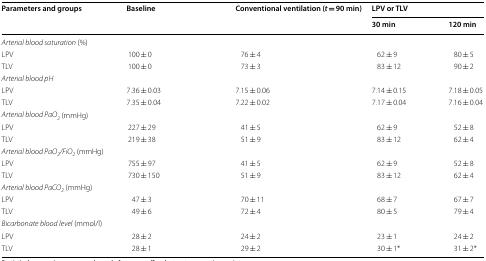
| <ROWSPAN=2> Parameters and groups | <ROWSPAN=2> Baseline | <ROWSPAN=2> Conventional ventilation (t = 90 min) | <COLSPAN=2> LPV or TLV |
 | 30 min | 120 min |
 | --- | --- | --- | --- | --- |
 | <COLSPAN=5> Arterial blood saturation (%) |
 | LPV | 100 ± 0 | 76 ± 4 | 62 ± 9 | 80 ± 5 |
 | TLV | 100 ± 0 | 73 ± 3 | 83 ± 12 | 90 ± 2 |
 | <COLSPAN=5> Arterial blood pH |
 | LPV | 7.36 ± 0.03 | 7.15 ± 0.06 | 7.14 ± 0.15 | 7.18 ± 0.05 |
 | TLV | 7.35 ± 0.04 | 7.22 ± 0.02 | 7.17 ± 0.04 | 7.16 ± 0.04 |
 | <COLSPAN=5> Arterial blood PaO2 (mmHg) |
 | LPV | 227 ± 29 | 41 ± 5 | 62 ± 9 | 52 ± 8 |
 | TLV | 219 ± 38 | 51 ± 9 | 83 ± 12 | 62 ± 4 |
 | <COLSPAN=5> Arterial blood PaO2/FiO2 (mmHg) |
 | LPV | 755 ± 97 | 41 ± 5 | 62 ± 9 | 52 ± 8 |
 | TLV | 730 ± 150 | 51 ± 9 | 83 ± 12 | 62 ± 4 |
 | <COLSPAN=5> Arterial blood PaCO2 (mmHg) |
 | LPV | 47 ± 3 | 70 ± 11 | 68 ± 7 | 67 ± 7 |
 | TLV | 49 ± 6 | 72 ± 4 | 80 ± 5 | 79 ± 4 |
 | <COLSPAN=5> Bicarbonate blood level (mmol/l) |
 | LPV | 28 ± 2 | 24 ± 2 | 23 ± 1 | 24 ± 2 |
 | TLV | 28 ± 1 | 29 ± 2 | 30 ± 1* | 31 ± 2* |